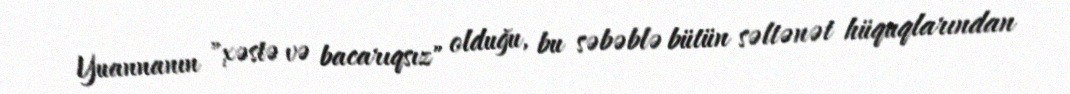
Yuannanın "xəstə və bacarıqsız" olduğu, bu səbəblə bütün səltənət hüquqlarından